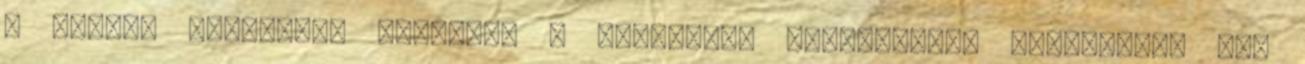
a nyelvi érettségi vizsgát. A felsőfokú tanulmányok megkezdése nem